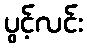
ပွင့်လင်း